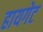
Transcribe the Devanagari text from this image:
हायगेट